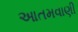
આતમવાણી